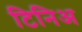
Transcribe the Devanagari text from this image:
टिनिअ